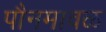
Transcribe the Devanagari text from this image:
पौनमावळ